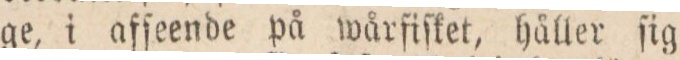
ge, i afſeende på wårfiſket, håller ſig